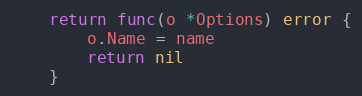
Language: Go
	return func(o *Options) error {
		o.Name = name
		return nil
	}